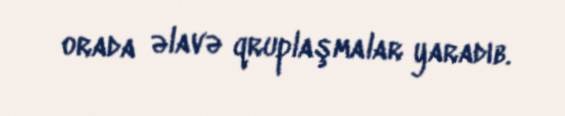
orada əlavə qruplaşmalar yaradıb.